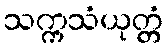
သက္ကသံယုတ္တံ